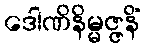
ဒေါဏိနိမ္မဇ္ဇနိံ